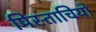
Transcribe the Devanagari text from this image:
पिस्ताचियो